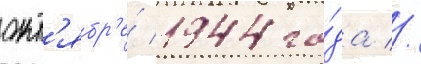
окт'ябр'е́ 1944 го́да //